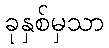
ခုနှစ်မှသာ